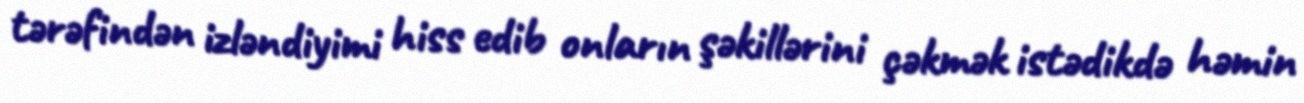
tərəfindən izləndiyimi hiss edib onların şəkillərini çəkmək istədikdə həmin